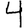
Digit: 4